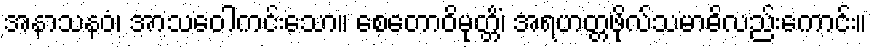
အနာသနဝံ၊ အာသဝေါကင်းသော။ စေတောဝိမုတ္တိံ၊ အရဟတ္တဖိုလ်သမာဓိလည်းကောင်း။